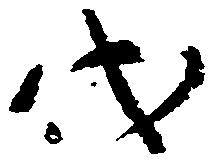
代